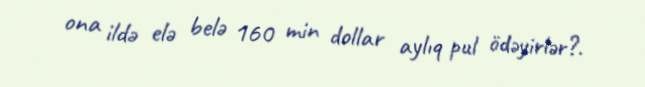
ona ildə elə belə 160 min dollar aylıq pul ödəyirlər?.